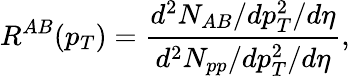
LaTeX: R^{AB}(p_{T})=\frac{d^{2}N_{AB}/dp_{T}^{2}/d\eta}{d^{2}N_{pp}/dp_{T}^{2}/d\eta},